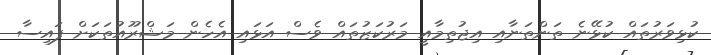
ކުޅިވަރުތައް ކުޅޭނެ ތަންތަނާއި އިޖުތިމާއީ މަރުކަޒުތައް ވެސް އަޅައި އެހެން މަޝްރޫއުތަކަށް ފައިސާ